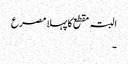
البتہ مقطع کا پہلا مصرع
۔